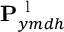
\mathbf { P } _ { y m d h } ^ { \mathrm { ~ l ~ } }